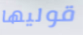
قوليها